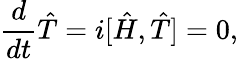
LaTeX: \frac{d}{dt}\hat{T}=i[\hat{H},\hat{T}]=0,